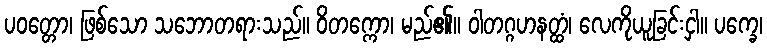
ပဝတ္တော၊ ဖြစ်သော သဘောတရားသည်။ ဝိတက္ကော၊ မည်၏။ ဝါတဂ္ဂဟနတ္ထံ၊ လေကိုယူခြင်းငှါ။ ပက္ခေ၊